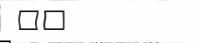
٢٢